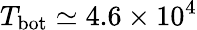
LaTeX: T_{\mathrm{bot}}\simeq 4.6\times 10^{4}